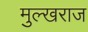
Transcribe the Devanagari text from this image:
मुल्खराज